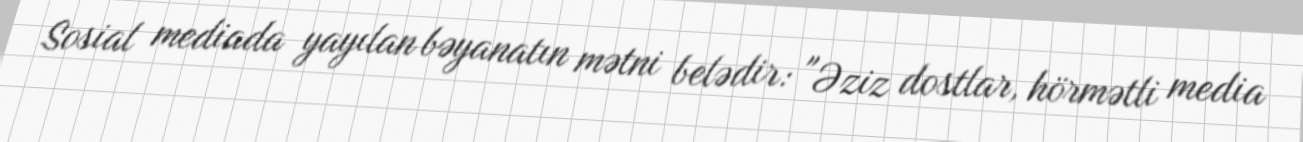
Sosial mediada yayılan bəyanatın mətni belədir: "Əziz dostlar, hörmətli media